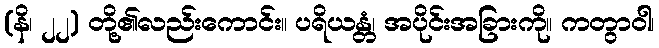
(နိ၊ ၂၂) တို့၏လည်းကောင်း။ ပရိယန္တံ၊ အပိုင်းအခြားကို။ ကတွာဝါ၊